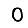
Digit: 0